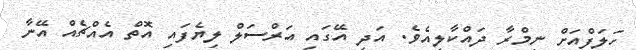
ހަލަފްއަށް ނިމްރާ ދައްކާލިއެވެ. އަދި އޭގައި އަރްސަލް ލިޔެފައި އޮތް އެއްޗެއް އޭނާ